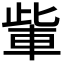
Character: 𮝏